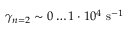
{ \gamma _ { n = 2 } \sim 0 \dots 1 \cdot 1 0 ^ { 4 } ~ \mathrm { s } ^ { - 1 } }